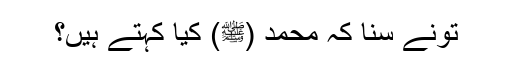
تُونے سنا کہ محمد (ﷺ) کیا کہتے ہیں؟